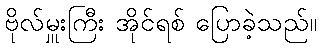
ဗိုလ်မှူးကြီး အိုင်ရစ် ပြောခဲ့သည်။